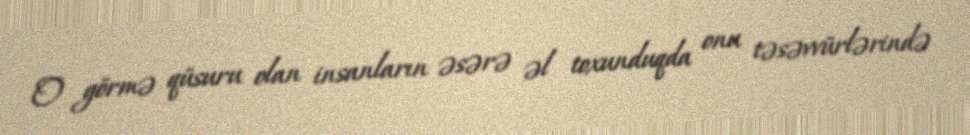
O görmə qüsuru olan insanların əsərə əl toxunduqda onu təsəvvürlərində